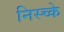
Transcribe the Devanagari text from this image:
निस्च्के